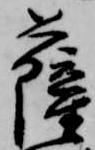
薩